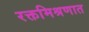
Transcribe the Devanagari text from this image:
रक्तमिश्रणात